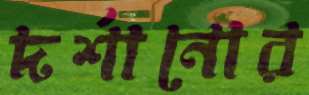
দর্শানোর